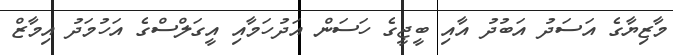
މާޒިޔާގެ އަސަދު އަބުދު އާއި ބީޖީގެ ހަސަން އަދުހަމާއި އީގަލްސްގެ އަހުމަދު އިމާޒް